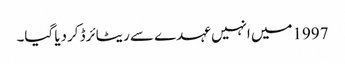
1997میں انہیں عہدے سے ریٹائرڈ کردیا گیا۔